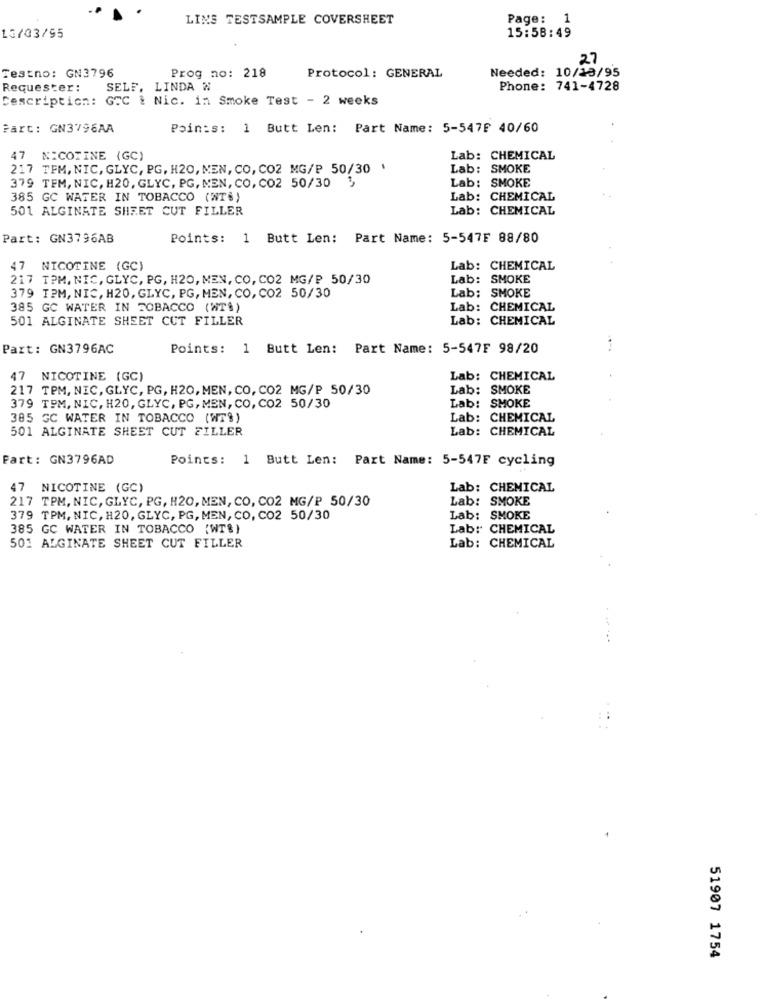
LINS TESTSAMPLE COVERSHEET
Page: 1
15:58:49
13/03/95
27
Testno: GN3796
Needed: 10/13/95
Prog no: 218
Protocol: GENERAL
Requester :
SELF. LINDA W
Phone: 741-4728
Description: GTC : Nic. in Smoke Test - 2 weeks
Part: GN3796AA
Poin:s: 1 Butt Len: Part Name: 5-547F 40/60
47
NICOTINE (GC)
Lab: CHEMICAL
217 TFM, NIC, GLYC, PG, H20, MEN, CO, CO2 MG/P 50/30 '
Lab: SMOKE
379 TEM, NIC, H20, GLYC, PG, MEN, CO, CO2 50/30 ',
Lab: SMOKE
385 GC WATER IN TOBACCO (NT%)
Lab: CHEMICAL
501 ALGINATE SHEET CUT FILLER
Lab: CHEMICAL
Part: GN3796AB
Points: 1 Butt Len: Part Name: 5-547F 88/80
47 NICOTINE (GC)
Lab: CHEMICAL
217 TPM, NIC, GLYC, PG, H20, MEN, CO, CO2 MG/P 50/30
Lab: SMOKE
379 TPM, NIC, H20, GLYC, PG, MEN, CO, CO2 50/30
Lab: SMOKE
385 GC WATER IN TOBACCO (WT$)
Lab: CHEMICAL
501 ALGINATE SHEET CCT FILLER
Lab: CHEMICAL
Part: GN3796AC
Points: 1 Butt Len: Part Name: 5-547F 98/20
47 NICOTINE (GC)
Lab: CHEMICAL
217 TPM, NIC, GLYC, PG, H20, MEN, CO, CO2 MG/P 50/30
Lab: SMOKE
379 TPM, NIC, H20, GLYC, PG, MEN, CO, CO2 50/30
Lab: SMOKE
385 GC WATER IN TOBACCO (WT%)
Lab: CHEMICAL
501 ALGINATE SHEET CUT FILLER
Lab: CHEMICAL
Fart: GN3796AD
Points:
1 Butt Len: Part Name: 5-547F cycling
47 NICOTINE (GC)
Lab: CHEMICAL
217 TPM, NIC, GLYC, PG, H20, MEN, CO, CO2 MG/P 50/30
Lab: SMOKE
379 TPM, NIC, H20, GLYC, PG, MEN, CO, CO2 50/30
Lab: SMOKE
385 GC WATER IN TOBACCO (WT%)
Lab: CHEMICAL
501 ALGINATE SHEET CUT FILLER
Lab: CHEMICAL
----
51907 1754